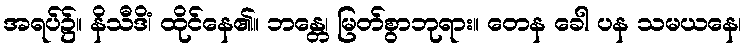
အရပ်၌။ နိသီဒိံ၊ ထိုင်နေ၏။ ဘန္တေ၊ မြတ်စွာဘုရား။ တေန ခေါ ပန သမယနေ၊